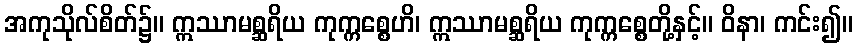
အကုသိုလ်စိတ်၌။ ဣဿာမစ္ဆရိယ ကုက္ကစ္စေဟိ၊ ဣဿာမစ္ဆရိယ ကုက္ကစ္စေတို့နှင့်။ ဝိနာ၊ ကင်း၍။